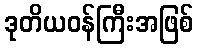
ဒုတိယဝန်ကြီးအဖြစ်